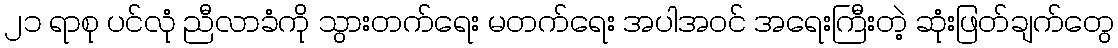
၂၁ ရာစု ပင်လုံ ညီလာခံကို သွားတက်ရေး မတက်ရေး အပါအဝင် အရေးကြီးတဲ့ ဆုံးဖြတ်ချက်တွေ